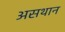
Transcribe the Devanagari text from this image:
असथान